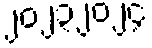
၂၀၂၃၂၀၂၄